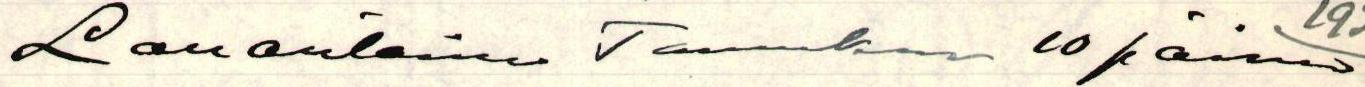
Lauantaina Tammikuun 10 päivänä